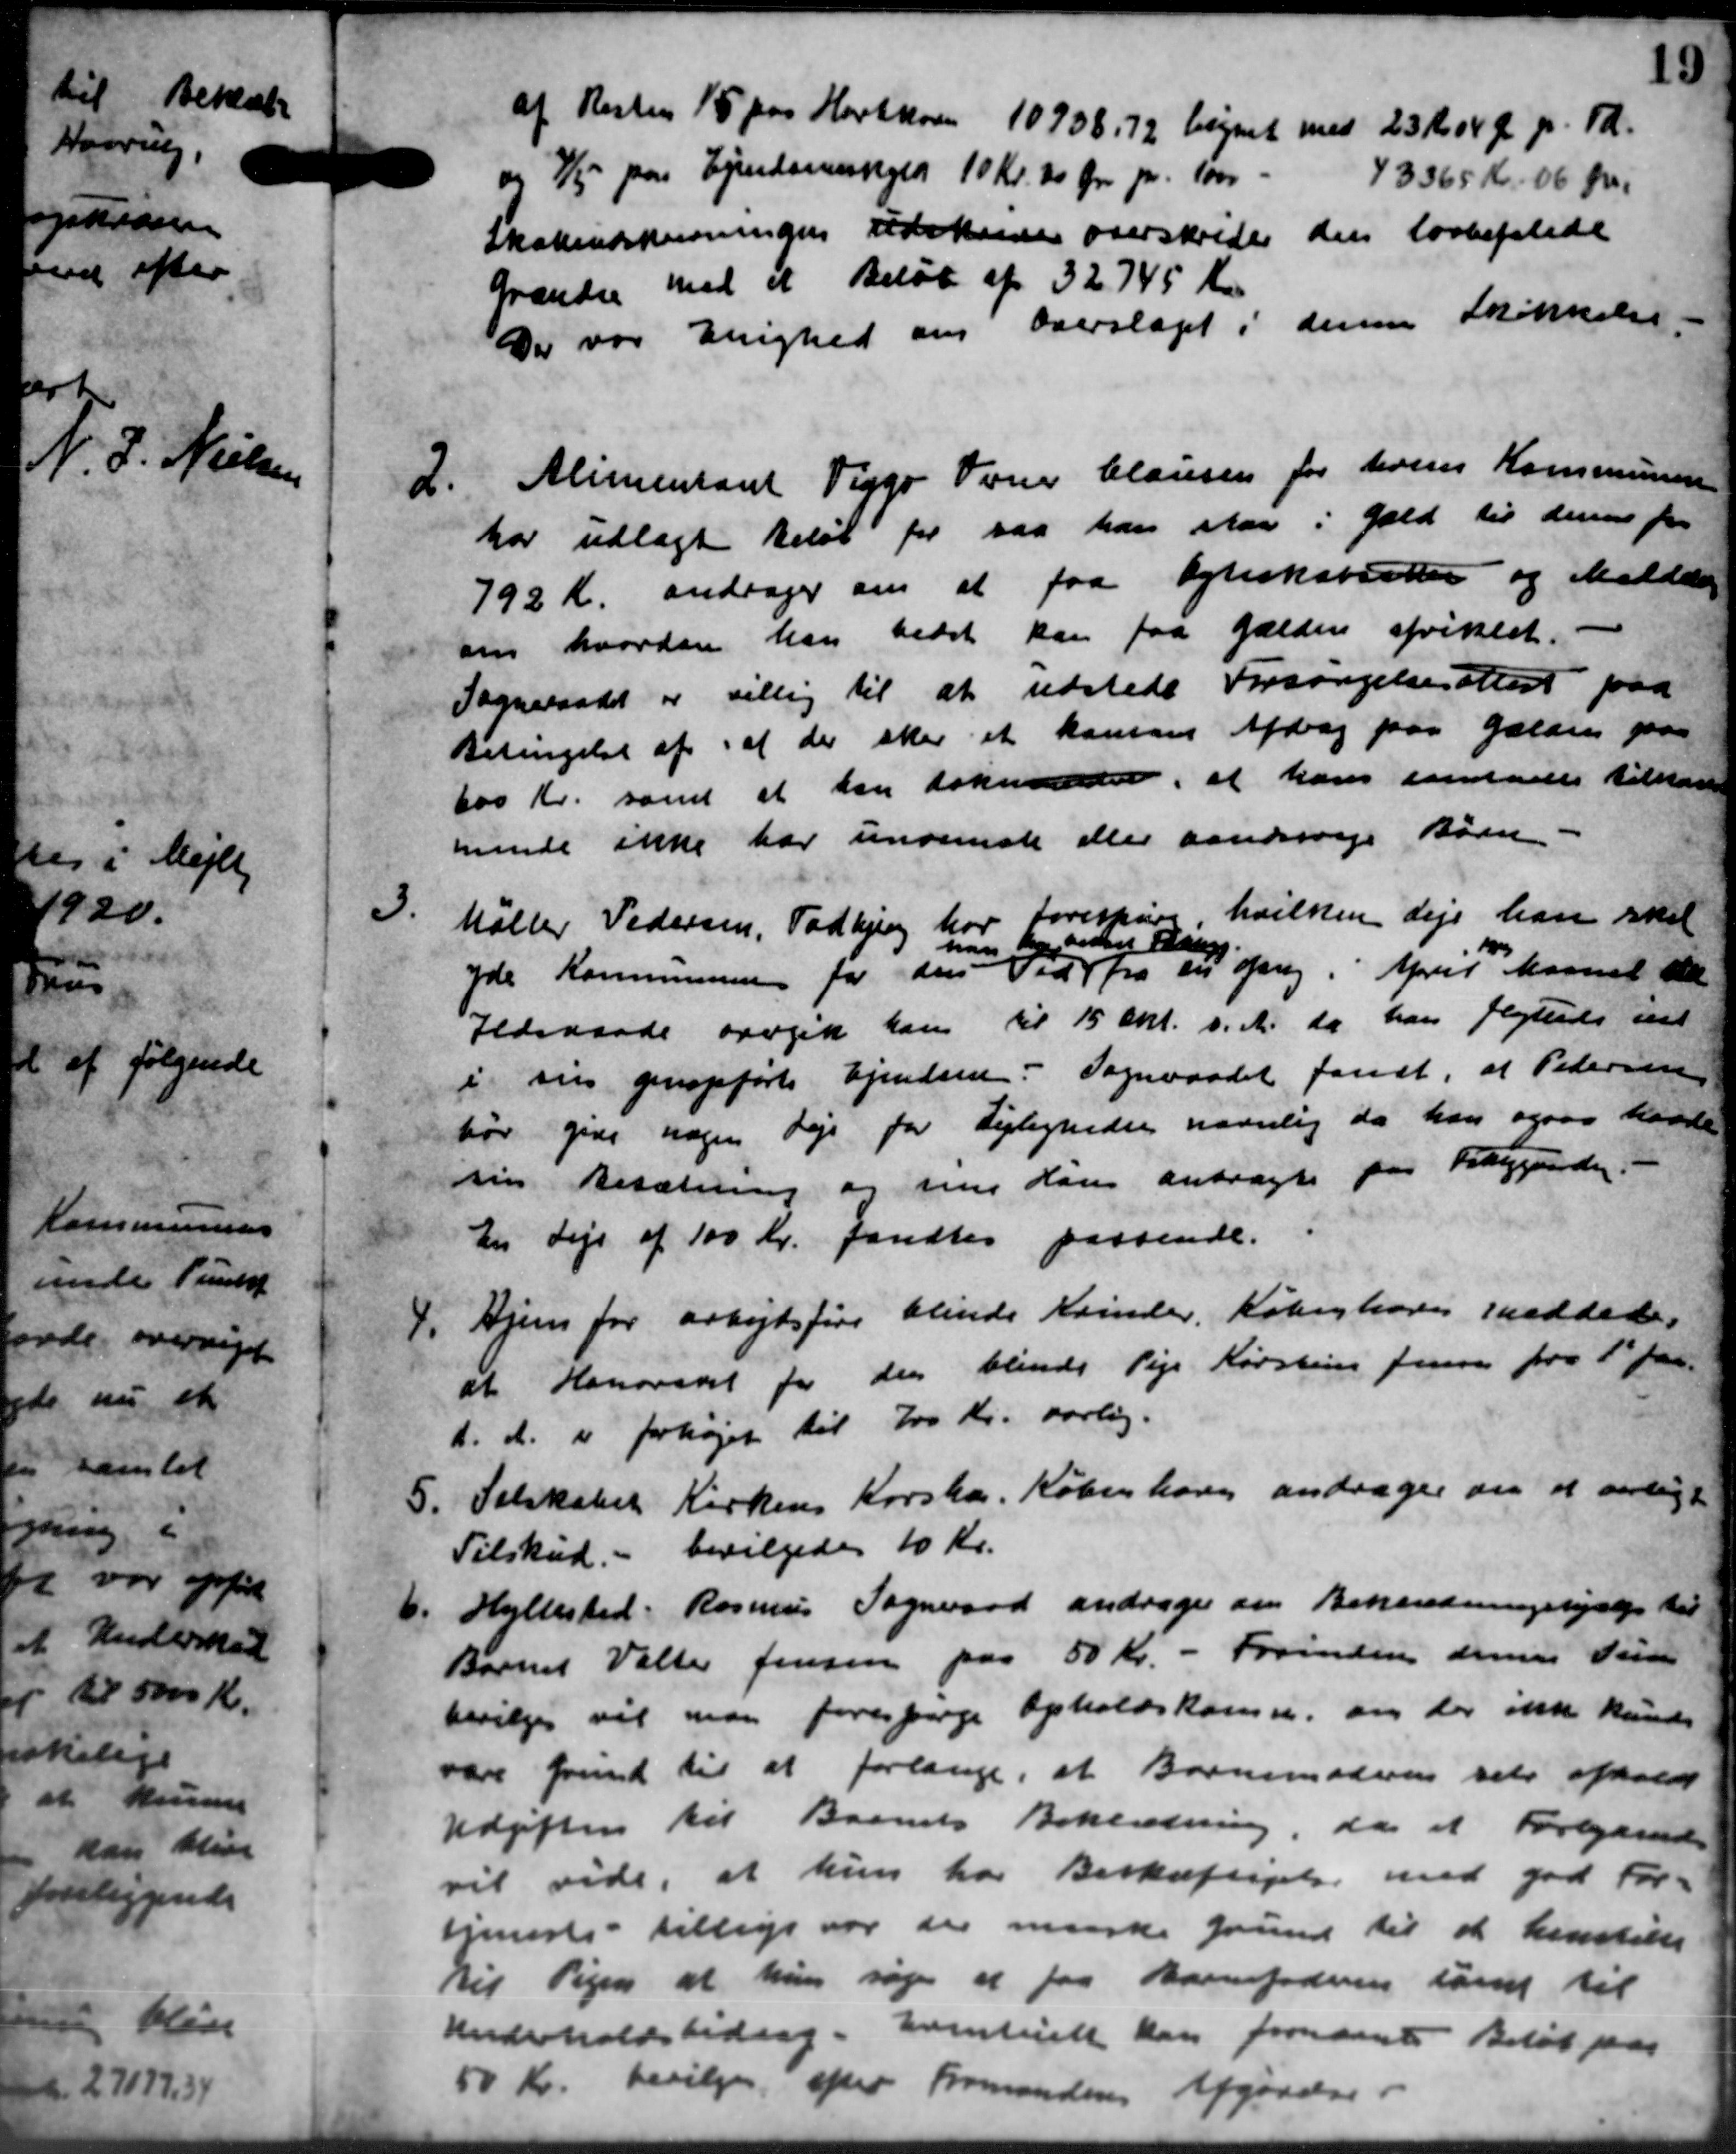
Transskription:
af Resten 15 paa Hartkorn 10908,72 begnet med 23 Kr 04 Øre pr. Td.
og 3/5 paa Ejendomsskyld 10 Kr. 20 Øre pr. 1000 43365 Kr 06 Øre.
Skoleindskrivningen tidskreve overskrider den lovbefalede
Grændse med et Beløb af 32745 Kr.
Der var Enighed om Overslaget i denne Skikkelse.
2.
Alimentant Viggo Varer Clausen for levens Kommunen
har udlagt Beløb for saa han staa i Gæld til denne for
792 Kr. andrager om at faa Ægteskabsatter og Meddele
om hvordan han bedet kan faa gælden afviklet.
Sogneraadet er villig til at udstede Forsørgelsesattest paa
Betingelse af, at der sker et konsen Afdrag paa gælden paa
600 Kr. samt at han doknærde, at hans samledes tilstaae
minde ikke har underste eller aandsveje Børn.
3.
Møller Pedersen, Todbjerg har forespørge, hvilken Leje han skal
yde Kommunen for den Tid
fra sin ang. April Maaned da
han har videre Udg.
Jedsraade opgik han til 15 Okt. d. A. da han flyttede end
i sin genopførte Ejendom. Sogneraadet fandt, at Pedersen
hør give nogen veje for Lejlighedse navnlig da han ogsaa havde
sin Besætning og sine Hans anbragte paa Fitiggaarden. -
tir Leje af 100 Kr. fandtes passende.
4.
Hjem for arbejdsføre blinde Kvinder. København meddele
at Honoraret for den blinde Pige Kirstine Jensen fra 1 Jan.
d. A. er forhøjet til 700 Kr. aarlig.
5.
Selskabet Kirkens Korshær. København andrager om at aarligt
Tilskud. - bevilgedes 10 Kr.
6.
Hyllested: Rasmus Sogneraad andrager om Bekerdningshjælp til
Barnet Valter Jensen paa 50 Kr. - Forinden dennes Tirs
bevilges vil man forespørge Opholdskomm. om der ikke kunde
vare Grund til at forlange, at Bornemoderen set afholdt
Udgiften til Barnets Beklædning, da et Forlande
vil vide, at hun har Beskæftigelse med god For-
tjeneste - tillige var der nnnske Grund til at henstille
til Pigen at hun søge at faa Barnefaderen samt til
Underholdsbidrag. Eventuelt kan fornævnte Beløb paa
50 Kr. bevilges, efter Formandens Afgørelse